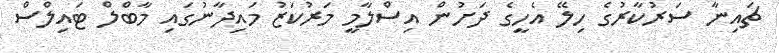
ޗައިނާ ސަރުކާރުގެ ހިލޭ އެހީގެ ދަށުން އިސްލާމީ މަރުކަޒު މައިދާނުގައި މާބްލް ޓައިލްސް